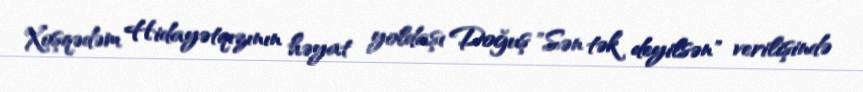
Xoşqədəm Hidayətqızının həyat yoldaşı Doğuş "Sən tək deyilsən" verilişində